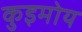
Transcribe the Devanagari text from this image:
कुइमोय